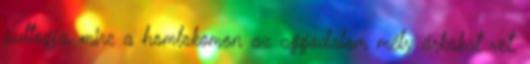
suttogja, mire a homlokomon az aggodalom mély árkokat vet.